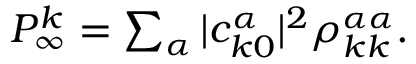
\begin{array} { r } { P _ { \infty } ^ { k } = \sum _ { \alpha } | c _ { k 0 } ^ { \alpha } | ^ { 2 } \rho _ { k k } ^ { \alpha \alpha } . } \end{array}